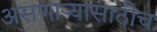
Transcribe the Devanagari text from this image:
असणार्‍यासाठीच